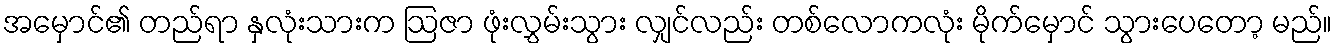
အမှောင်၏ တည်ရာ နှလုံးသားက ဩဇာ ဖုံးလွှမ်းသွား လျှင်လည်း တစ်လောကလုံး မိုက်မှောင် သွားပေတော့ မည်။